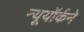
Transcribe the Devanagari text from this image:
न्यूयॉर्कने